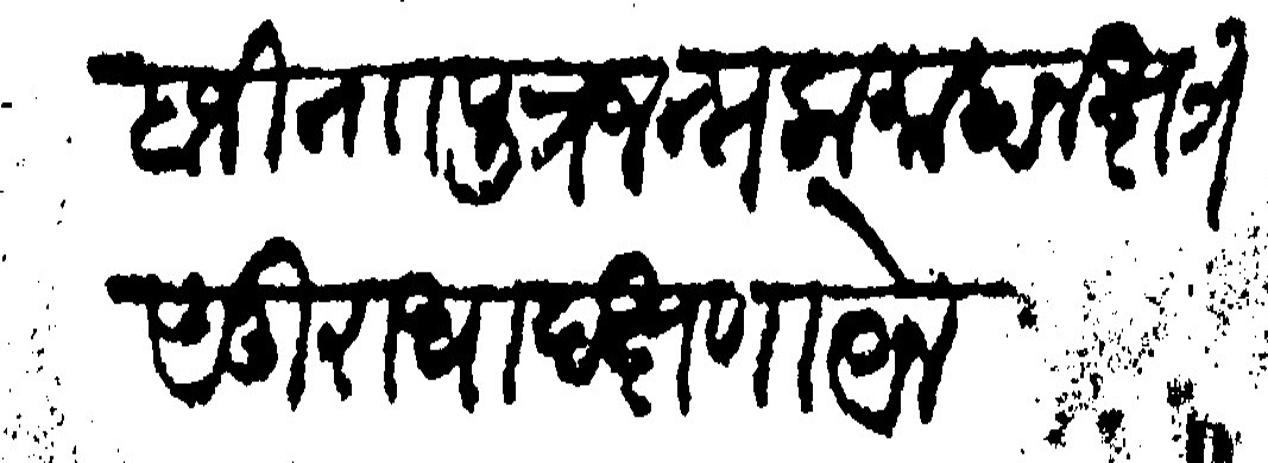
Transliteration (Devanagari): बाजी नाा पुत्र जन्मला माहा नक्षत्र अनुराधा दक्षणायेन